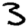
Digit: 3